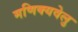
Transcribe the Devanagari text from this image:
मणिक्यवेलु